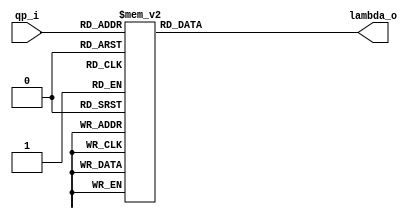
module intra_lambda(
				qp_i,
				lambda_o
);

input [5:0] qp_i;
output[6:0] lambda_o;
reg   [6:0] lambda;

assign lambda_o = lambda;

always @ (qp_i)
	case(qp_i)
		6'd0, 6'd1, 6'd2, 6'd3, 
		6'd4, 6'd5, 6'd6, 6'd7,
		6'd8, 6'd9, 6'd10, 6'd11,
		6'd12, 6'd13, 6'd14, 6'd15 :
		  lambda=7'd1;
		6'd16, 6'd17, 6'd18, 6'd19 :
		  lambda=2;
		6'd20, 6'd21, 6'd22 :
		  lambda=7'd3;
		6'd23, 6'd24, 6'd25 :
		  lambda=7'd4;
		6'd26 :
		  lambda=7'd5;
		6'd27, 6'd28:
		  lambda=7'd6;
		6'd29 : lambda=7'd7;
		6'd30 : lambda=7'd8;
		6'd31 : lambda=7'd9;
		6'd32 : lambda=7'd10;
		6'd33 : lambda=7'd11;
		6'd34 : lambda=7'd13;
		6'd35 : lambda=7'd14;
		6'd36 : lambda=7'd16;
		6'd37 : lambda=7'd18;
		6'd38 : lambda=7'd20;
		6'd39 : lambda=7'd23;
		6'd40 : lambda=7'd25;
		6'd41 : lambda=7'd29;
		6'd42 : lambda=7'd32;
		6'd43 : lambda=7'd36;
		6'd44 : lambda=7'd40;
		6'd45 : lambda=7'd45;
		6'd46 : lambda=7'd51;
		6'd47 : lambda=7'd57;
		6'd48 : lambda=7'd64;
		6'd49 : lambda=7'd72;
		6'd50 : lambda=7'd81;
		6'd51 : lambda=7'd91;
		default:lambda=7'd0 ;
	endcase

endmodule